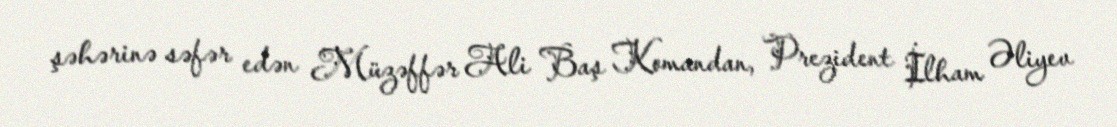
şəhərinə səfər edən Müzəffər Ali Baş Komandan, Prezident İlham Əliyev